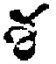
శ